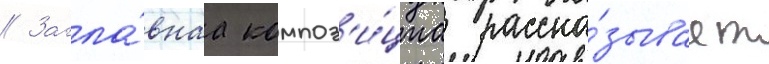
// Загла́внаа композ'и́циа расска́зывает